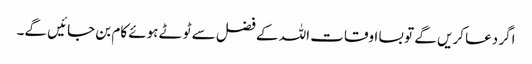
اگر دعا کریں گے تو بسا اوقات اللہ کے فضل سے ٹوٹے ہوئے کام بن جائیں گے۔